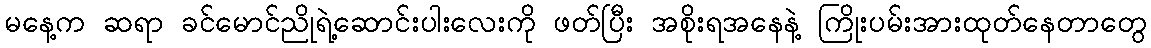
မနေ့က ဆရာ ခင်မောင်ညိုရဲ့ဆောင်းပါးလေးကို ဖတ်ပြီး အစိုးရအနေနဲ့ ကြိုးပမ်းအားထုတ်နေတာတွေ